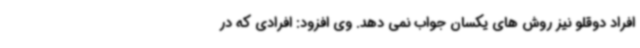
افراد دوقلو نیز روش های یکسان جواب نمی دهد. وی افزود: افرادی که در